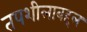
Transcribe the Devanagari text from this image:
तपशीलाबद्दल